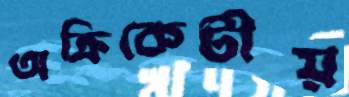
অক্রিকেটীয়